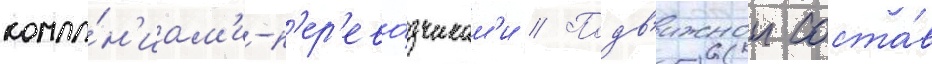
компа́н'иам'и-п'ер'ево́зчикам'и // Подв'ижнои соста́в